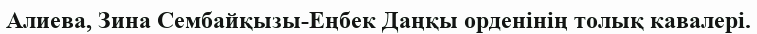
Алиева, Зина Сембайқызы-Еңбек Даңқы орденінің толық кавалері.